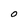
Character: O